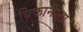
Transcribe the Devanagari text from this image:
बिकानेरला